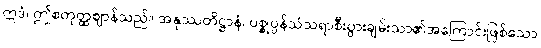
ဣဒံ၊ ဤစတုတ္ထဈာန်သည်။ အနုဿတိဋ္ဌာနံ၊ ပစ္စုပ္ပန်သံသရာစီးပွားချမ်းသာ၏အကြောင်းဖြစ်သော